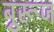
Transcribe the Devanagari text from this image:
बुूरूज